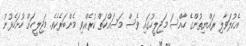
އެކުލަވާލި ރައްޔިތުންގެ ހާއްސަ މަޖިލީހުގައި ވެސް މަސައްކަތް ކުރެއްވި މެންބަރެކެވެ. މަޖިލީހަށް ހުށަހެޅުނު